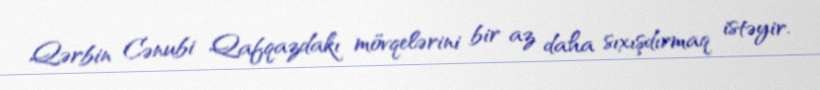
Qərbin Cənubi Qafqazdakı mövqelərini bir az daha sıxışdırmaq istəyir.